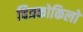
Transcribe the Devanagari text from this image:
चित्रकोकिलों